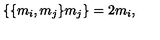
\lbrace \lbrace m _ { i } , m _ { j } \rbrace m _ { j } \rbrace = 2 m _ { i } ,